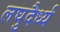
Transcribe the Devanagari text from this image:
लघुदैर्ध्य